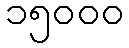
၁၅၀၀၀